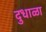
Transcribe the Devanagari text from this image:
दुधाळा